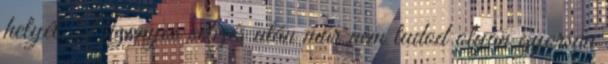
helyét. Bizonyos sebzés után már nem tudod olyan gyorsan